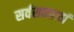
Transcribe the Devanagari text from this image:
सर्वसत्त्वानां